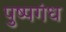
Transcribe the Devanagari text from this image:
पुष्पगंध